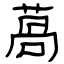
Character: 萵